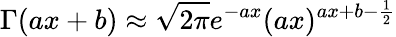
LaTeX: \Gamma(ax+b)\approx\sqrt{2\pi}e^{-ax}(ax)^{ax+b-\frac{1}{2}}